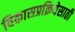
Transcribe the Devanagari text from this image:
विकासप्रक्रियेसाठी